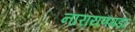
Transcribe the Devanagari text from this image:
नारायणगडा